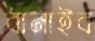
বানাইব